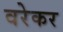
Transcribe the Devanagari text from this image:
वरेकर